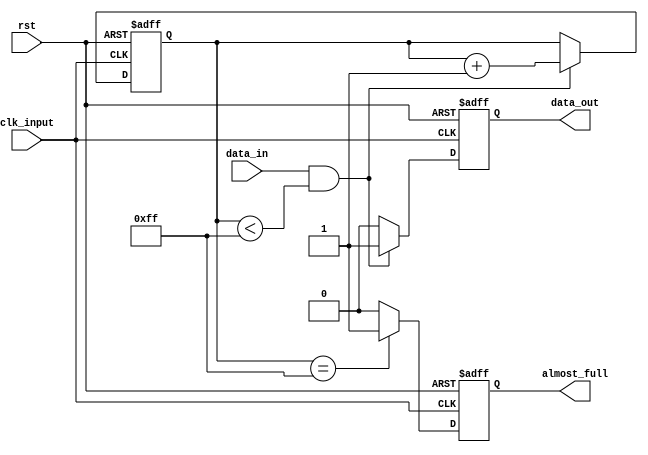
module Almost_Full_FIFO_Buffer (
    input wire clk_input,
    input wire rst,
    input wire data_in,
    output reg data_out,
    output reg almost_full
);

reg [7:0] fifo_count;

always @ (posedge clk_input or posedge rst) begin
    if (rst) begin
        fifo_count <= 0;
        data_out <= 0;
        almost_full <= 0;
    end else begin
        if (fifo_count == 255) begin // FIFO buffer almost full
            almost_full <= 1;
        end else begin
            almost_full <= 0;
        end

        if (data_in && (fifo_count < 255)) begin // Data input and buffer not full
            fifo_count <= fifo_count + 1;
            data_out <= 1;
        end else begin
            data_out <= 0;
        end
    end
end

endmodule